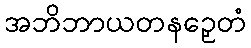
အဘိဘာယတနဉှေတံ